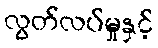
လွတ်လပ်မှုနှင့်